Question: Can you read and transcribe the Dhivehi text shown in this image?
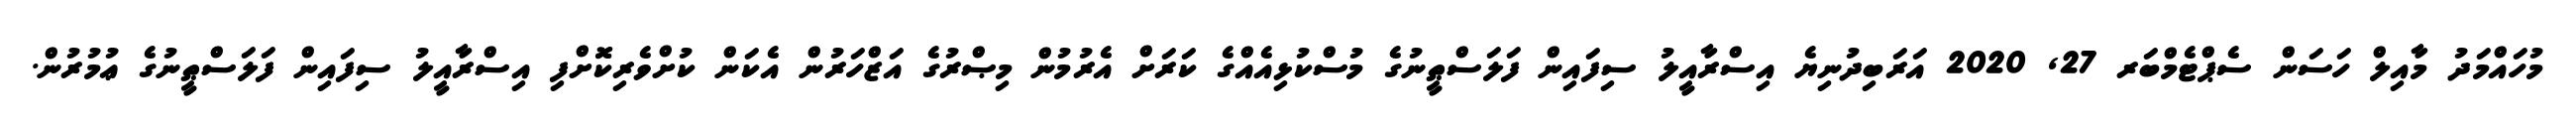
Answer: މުހައްމަދު މާއިލް ހަސަން ސެޕްޓެމްބަރ 27, 2020 އަރަބިދުނިޔެ އިސްރާއީލު ސިފައިން ފަލަސްޠީނުގެ މުސްކުޅިއެއްގެ ކަރަށް އެރުމުން މިޞްރުގެ އަޒްހަރުން އެކަން ކުށްވެރިކޮށްފި އިސްރާއީލު ސިފައިން ފަލަސްޠީނުގެ ޢުމުރުން.